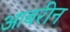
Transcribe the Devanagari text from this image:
आबरीन